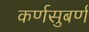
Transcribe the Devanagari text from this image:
कर्णसुबर्ण